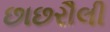
છાછરૌલી